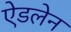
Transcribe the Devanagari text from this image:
ऐडलेन